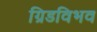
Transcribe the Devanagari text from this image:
ग्रिडविभव